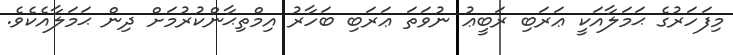
މިފަހަރުގެ ޙަމަލާއަކީ ޢަރަބި ރަބީޢު ނުވަތަ ޢަރަބި ބަހާރު އިމްތިޙާންކުރުމަށް ދިން ޙަމަލާއެކެވެ.